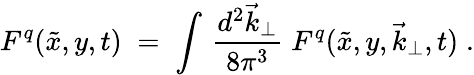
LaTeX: F^{q}(\tilde{x},y,t)\; =\; \int\, {\frac{d^{2}\vec{k}_{\perp}}{8\pi^{3}}}\; F^{q}(\tilde{x},y,\vec{k}_{\perp},t)\; .